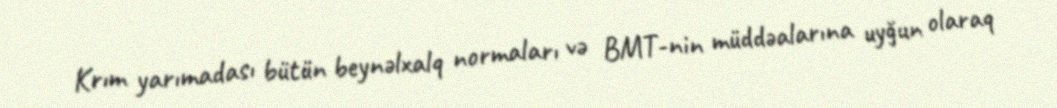
Krım yarımadası bütün beynəlxalq normaları və BMT-nin müddəalarına uyğun olaraq